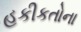
હકીકતોના